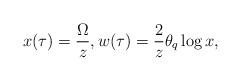
LaTeX: \begin{align*} x(\tau) = \frac{\Omega}{z}, w(\tau) = \frac{2}{z} \theta_{q} \log x, \end{align*}